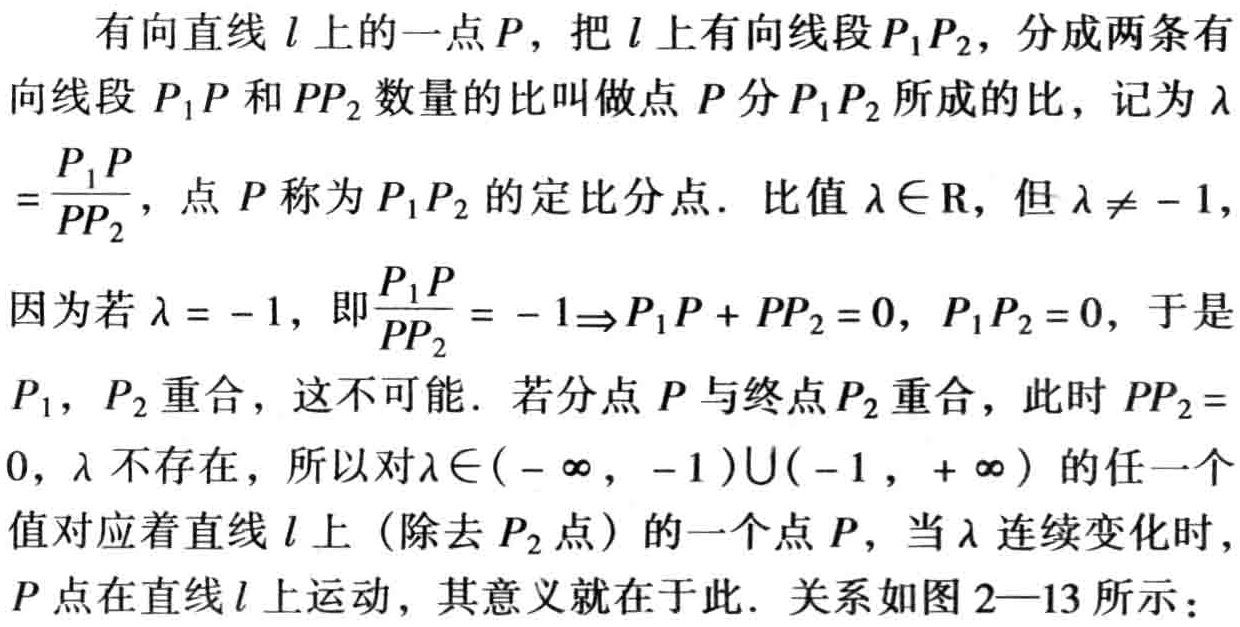
有向直线 \(l\) 上的一点 \(P\)，把 \(l\) 上有向线段 \(P_1P_2\)，分成两条有向线段 \(P_1P\) 和 \(PP_2\) 数量的比叫做点 \(P\) 分 \(P_1P_2\) 所成的比，记为 \(\lambda=\frac{P_1P}{PP_2}\)，点 \(P\) 称为 \(P_1P_2\) 的定比分点．比值 \(\lambda\in\mathbb{R}\)，但 \(\lambda\neq - 1\)，因为若 \(\lambda = - 1\)，即 \(\frac{P_1P}{PP_2}=-1\Rightarrow P_1P + PP_2 = 0\)，\(P_1P_2 = 0\)，于是 \(P_1\)，\(P_2\) 重合，这不可能．若分点 \(P\) 与终点 \(P_2\) 重合，此时 \(PP_2 = 0\)，\(\lambda\) 不存在，所以对 \(\lambda\in(-\infty,-1)\cup(-1,+\infty)\) 的任一个值对应着直线 \(l\) 上（除去 \(P_2\) 点）的一个点 \(P\)，当 \(\lambda\) 连续变化时，\(P\) 点在直线 \(l\) 上运动，其意义就在于此．关系如图 2—13 所示：